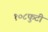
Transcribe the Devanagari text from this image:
१०८फुटी